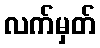
လက်မှတ်